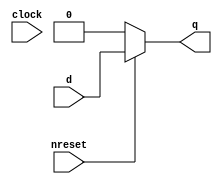
`timescale 1ns / 1ns
//////////////////////////////////////////////////////////////////////////////////
// Company: 
// Engineer: 
// 
// Design Name: 
// Module Name: DFlipFlop
// Project Name: 
// Target Devices: 
// Tool Versions: 
// Description: 
// 
// Dependencies: 
// 
// Revision:
// Revision 0.01 - File Created
// Additional Comments:
// 
//////////////////////////////////////////////////////////////////////////////////


module DFlipFlop(q, clock, nreset, d);

output q;
input clock,nreset,d;
reg q;

always @(clock)
begin
    if (nreset==1)
        q=d;
    else
        q=0;
end
endmodule